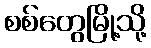
စစ်တွေမြို့သို့